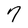
Character: 7